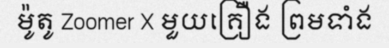
ម៉ូតូ Zoomer X មួយគ្រឿង ព្រមទាំង